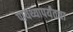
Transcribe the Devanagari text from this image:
पायथ्यापर्यंतचा